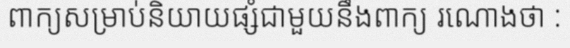
ពាក្យសម្រាប់និយាយផ្សំជាមួយនឹងពាក្យ រណោងថា :